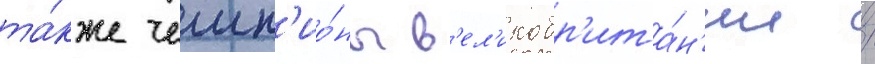
та́кже чемп'ио́ны в'ел'икобр'ита́н'ии /